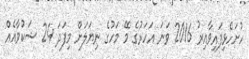
ހުށަހެޅިފައިވާއިރު 2016 ވަނަ އަހަރުގެ މޭ މަހުގެ ނިޔަލަށް މިފަދަ 24 ޝަކުވާއެއް